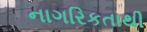
નાગરિકતાથી